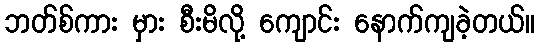
ဘတ်စ်ကား မှား စီးမိလို့ ကျောင်း နောက်ကျခဲ့တယ်။